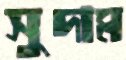
সুদাম